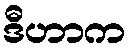
ဒီဟာက